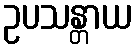
ဥပသန္တာယ